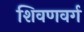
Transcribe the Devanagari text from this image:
शिवणवर्ग